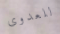
للعدوى